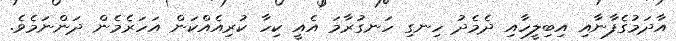
އާދަމުގެފާނާއި އިބިލީހާއި ދެމެދު ހިނގި ހަނގުރާމަ އެއީ ކިހާ ކުރިއެއްކަން އަހަރެމެން ދަންނަމެވެ.